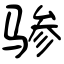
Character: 骖